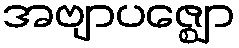
အဗျာပဇ္ဈော